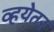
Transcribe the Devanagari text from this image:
व्हयेतर